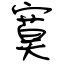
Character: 寞